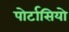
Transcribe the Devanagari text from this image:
पोर्टासियो